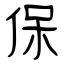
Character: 保